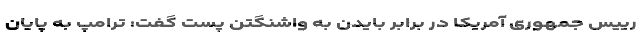
رییس جمهوری آمریکا در برابر بایدن به واشنگتن پست گفت:‌ ترامپ به پایان